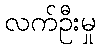
လက်ဦးမှု